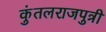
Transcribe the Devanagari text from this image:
कुंतलराजपुत्री